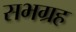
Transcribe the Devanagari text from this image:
सभग्रह